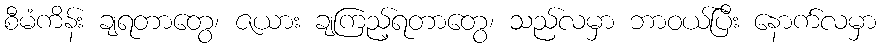
စီမံကိန်း ချရတာတွေ၊ ဇယား ချကြည့်ရတာတွေ၊ သည်လမှာ ဘာဝယ်ပြီး နောက်လမှာ